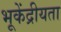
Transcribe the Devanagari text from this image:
भूकेंद्रीयता